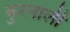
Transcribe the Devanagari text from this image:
कुरनाली